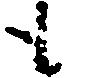
も